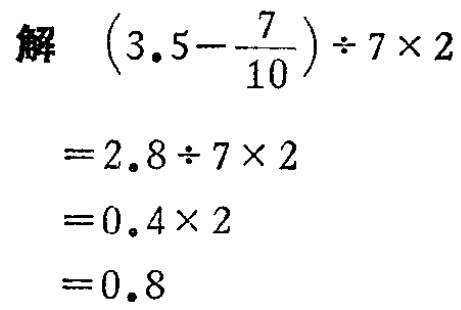
解 \(\left(3.5 - \dfrac{7}{10}\right) \div 7\times 2\)

\(= 2.8\div 7\times 2\)

\(= 0.4\times 2\)

\(= 0.8\)